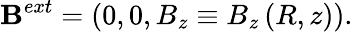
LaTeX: \mathbf{B}^{ext}=(0,0,B_{z}\equiv B_{z}\left(R,z\right)).